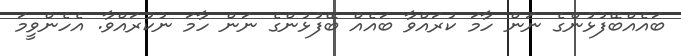
ބައެއްބޭފުޅުންގެ ނަން ހާމަ ކުރައްވާ ބައެއް ބޭފުޅުންގެ ނަން ހާމަ ނުކުރައްވާ. އެހެންވީމަ